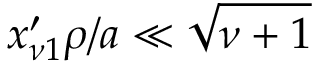
x _ { \nu 1 } ^ { \prime } \rho / a \ll \sqrt { \nu + 1 }